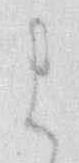
よ